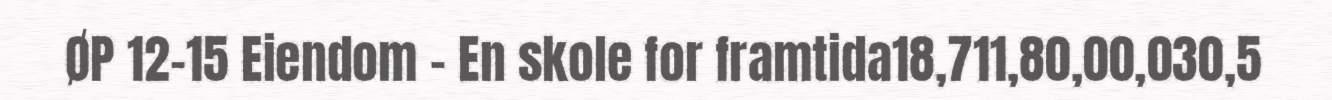
ØP 12-15 Eiendom - En skole for framtida18,711,80,00,030,5